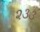
૨૩૩